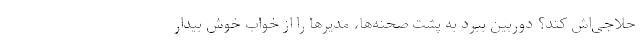
حلاجی‌اش کند؟ دوربین ببرد به پشت صحنه‌ها، مدیرها را از خواب خوش بیدار